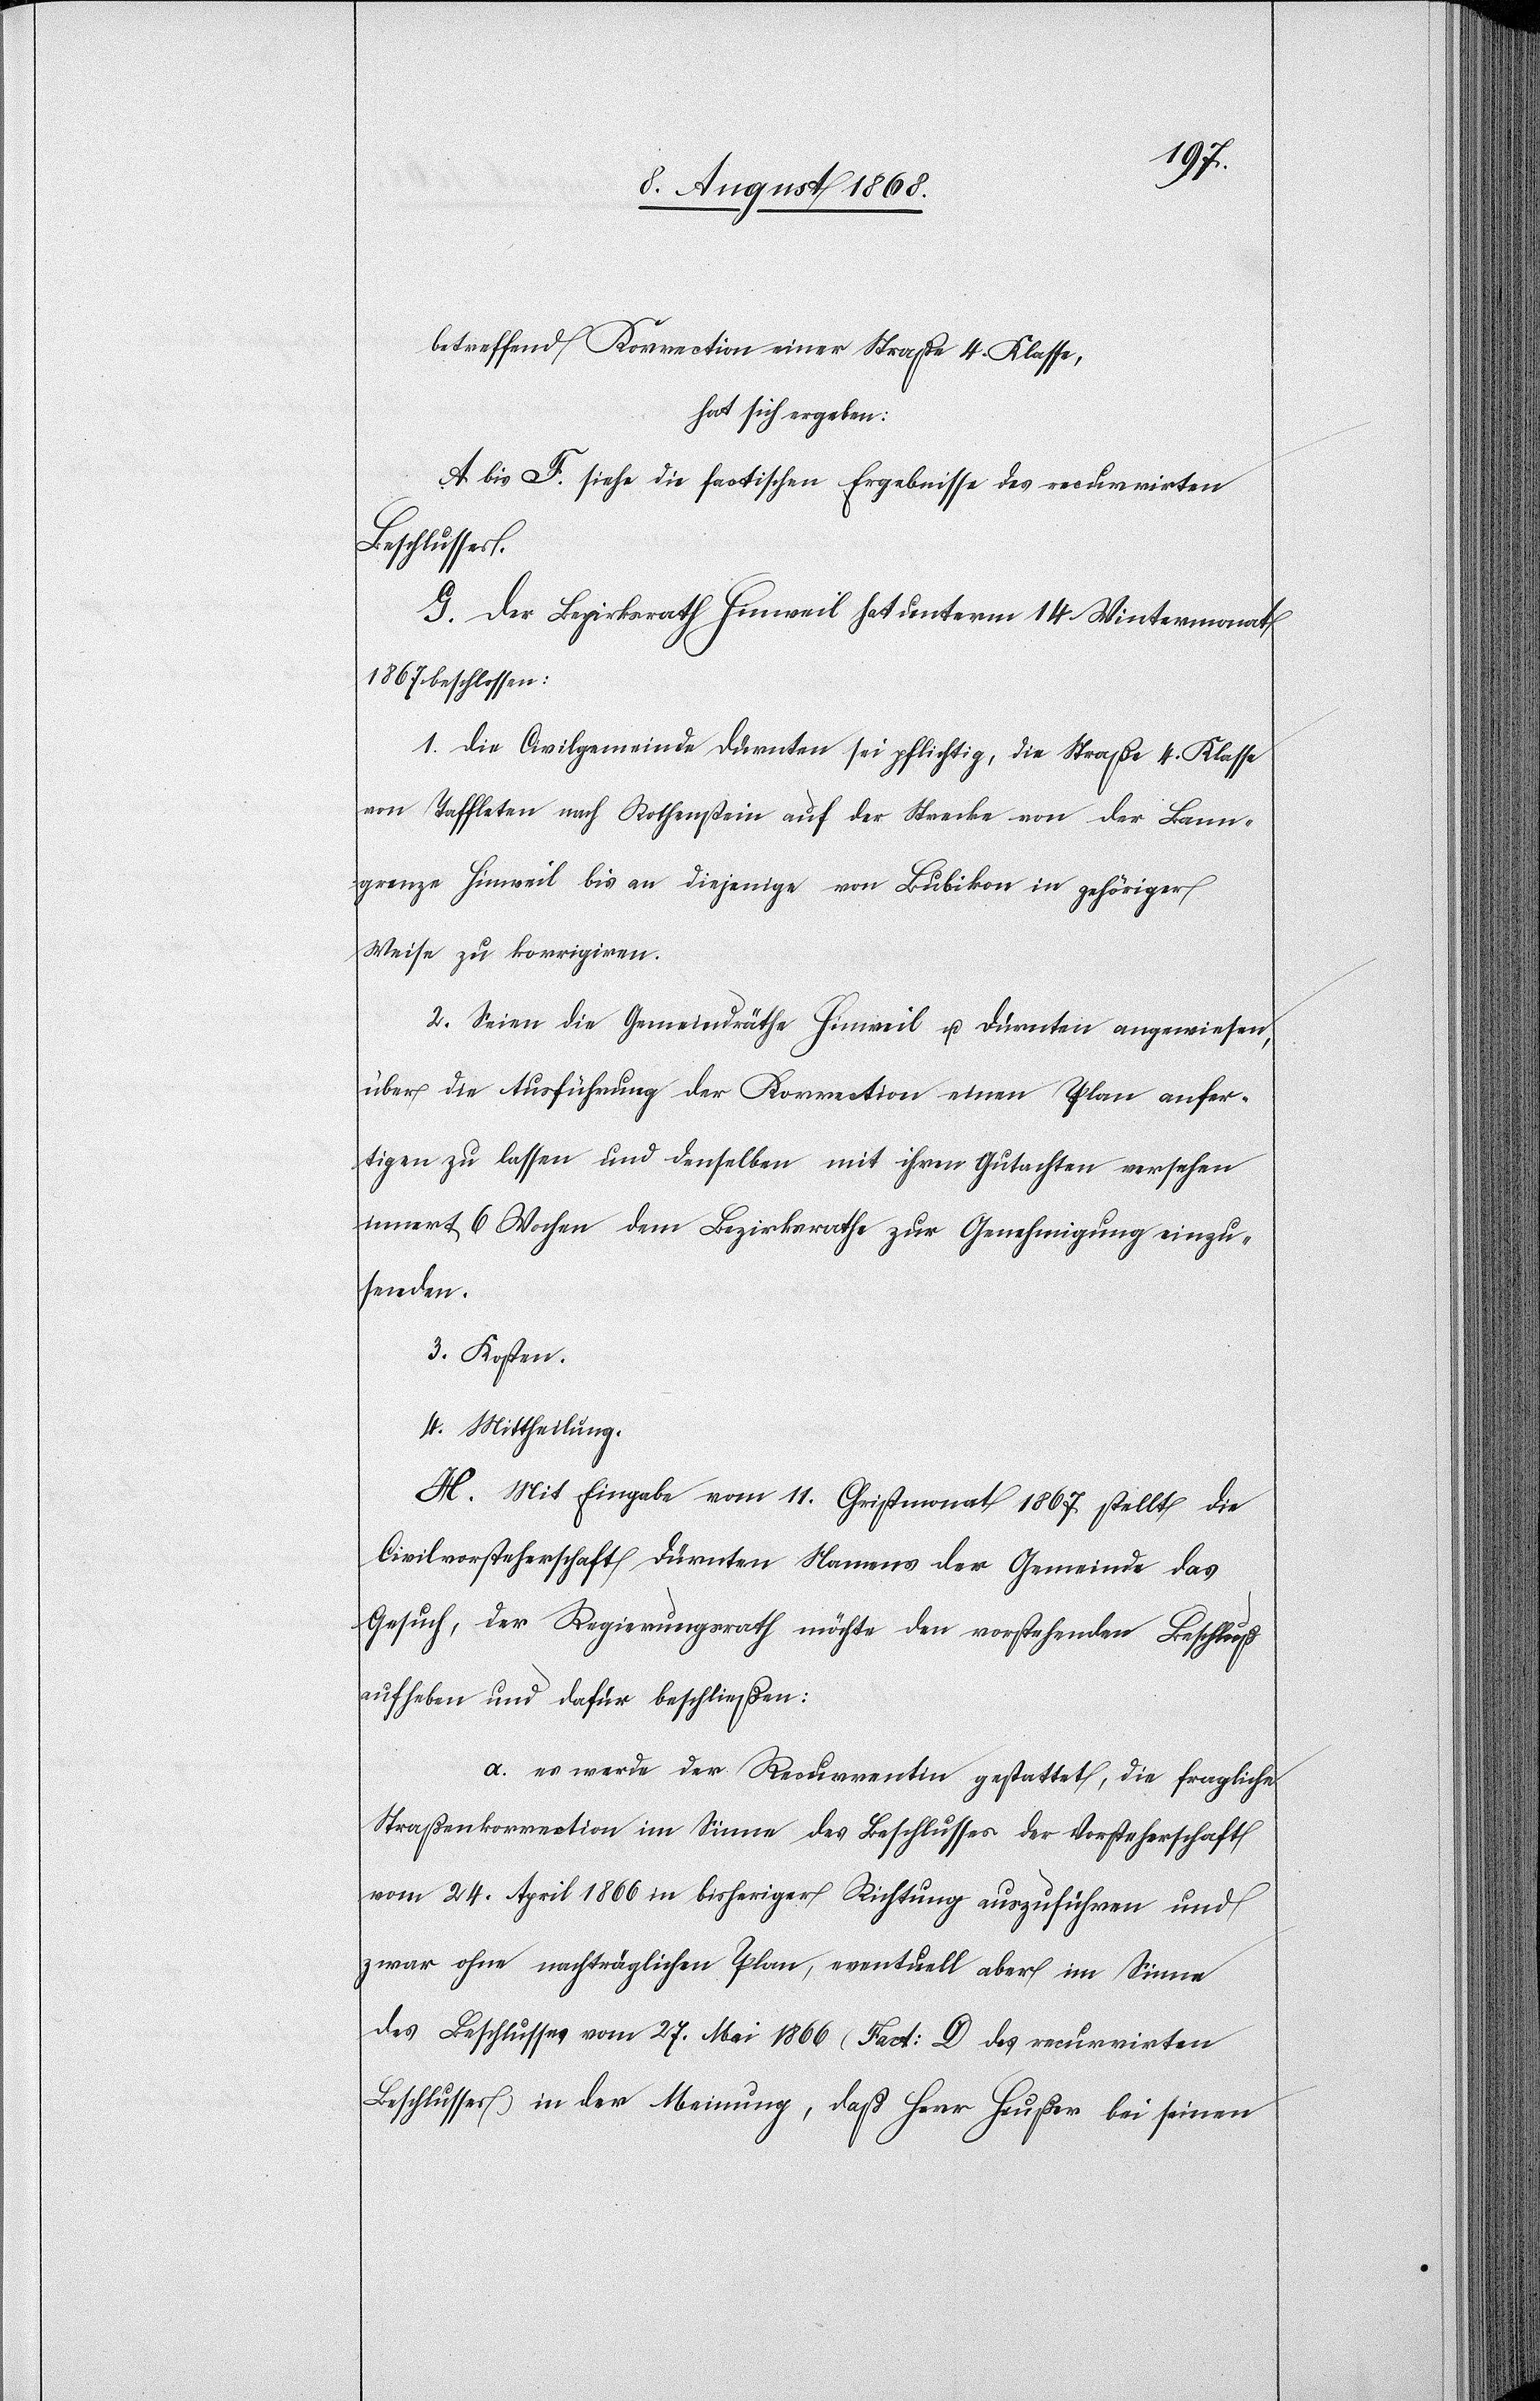
betreffend Korrection einer Straße 4. Klasse,
hat sich ergeben:
A bis F. siehe die factischen Ergebnisse des recurrirten
Beschlusses.
G. Der Bezirksrath Hinweil hat unterm 14. Wintermonat
1867 beschlossen:
1. Die Civilgemeinde Dürnten sei pflichtig, die Straße 4. Klasse
von Taffleten nach Rothenstein auf der Strecke von der Bann¬
grenze Hinweil bis an diejenige von Bubikon in gehöriger
Weise zu korrigiren.
2. Seien die Gemeindräthe Hinweil u. Dürnten angewiesen,
über die Ausführung der Korrection einen Plan anfer¬
tigen zu lassen und denselben mit ihren Gutachten versehen
innert 6 Wochen dem Bezirksrathe zur Genehmigung einzu¬
senden.
3. Kosten.
4. Mittheilung.
H. Mit Eingabe vom 11. Christmonat 1867 stellt die
Civilvorsteherschaft Dürnten Namens der Gemeinde das
Gesuch, der Regierungsrath möchte den vorstehenden Beschluß
aufheben und dafür beschließen:
a.) es werde der Recurrentin gestattet, die fragliche
Straßenkorrection im Sinne des Beschlusses der Vorsteherschaft
vom 24. April 1866 in bisheriger Richtung auszuführen und
zwar ohne nachträglichen Plan, eventuell aber im Sinne
des Beschlusses vom 27. Mai 1866 (Fact: D des recurrirten
Beschlusses) in der Meinung, daß Herr Heußer bei seinen